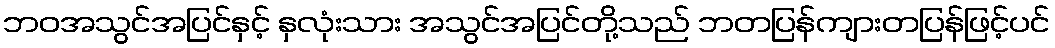
ဘဝအသွင်အပြင်နှင့် နှလုံးသား အသွင်အပြင်တို့သည် ဘတပြန်ကျားတပြန်ဖြင့်ပင်